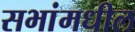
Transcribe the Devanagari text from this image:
सभांमधील